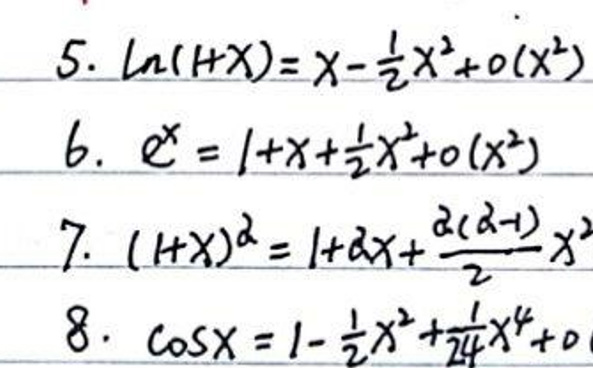
\begin{align*}
5.&\ \ln(1 + x)=x-\frac{1}{2}x^{2}+o(x^{2})\\
6.&\ e^{x}=1 + x+\frac{1}{2}x^{2}+o(x^{2})\\
7.&\ (1 + x)^{\alpha}=1+\alpha x+\frac{\alpha(\alpha - 1)}{2}x^{2}\\
8.&\ \cos x=1-\frac{1}{2}x^{2}+\frac{1}{24}x^{4}+o(x^{4})
\end{align*}